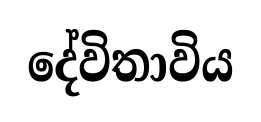
දේවිතාවිය